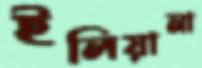
ইলিয়ানা